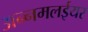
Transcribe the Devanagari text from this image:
अन्नमलईयर